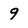
Character: 9